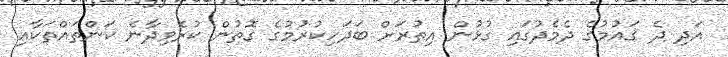
އަދި ދެ ޤައުމުގެ ދެމެދުގައި ގުޅުން އިތުރަށް ބަދަހިކުރުމުގެ ގޮތުން ކުރެވިދާނެ ކަންތައްތަކާއި